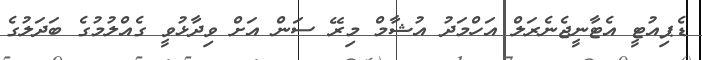
ޑެޕިއުޓީ އެޓާނީޖެނެރަލް އަހްމަދު އުޝާމް މިރޭ ސަން އަށް ވިދާޅުވީ ގެއްލުމުގެ ބަދަލުގެ